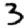
Digit: 3